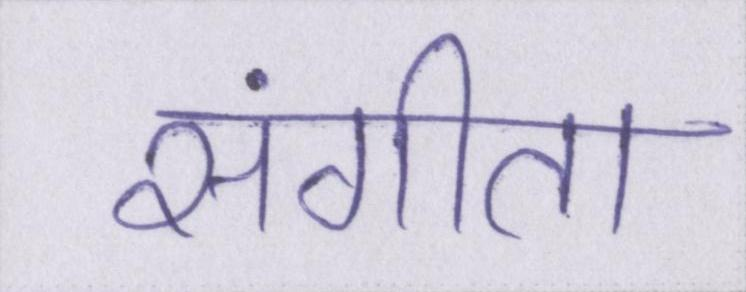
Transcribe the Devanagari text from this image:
संगीता